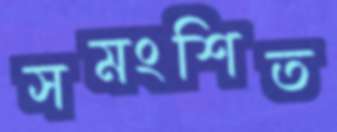
সমংশিত